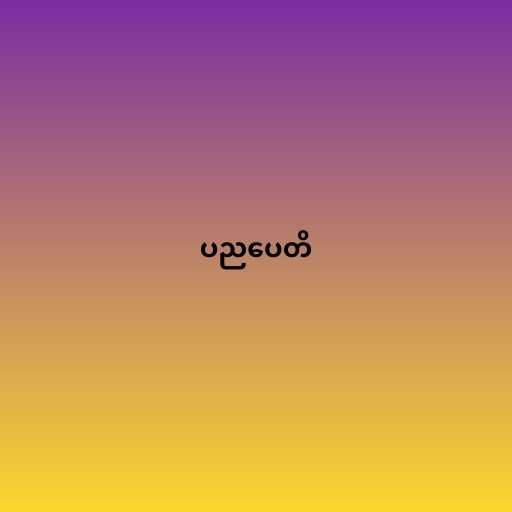
ပညပေတိ